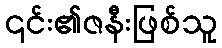
၎င်း၏ဇနီးဖြစ်သူ